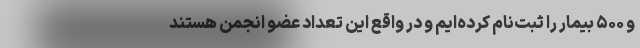
و ۵۰۰ بیمار را ثبت‌نام کرده‌ایم و در واقع این تعداد عضو انجمن هستند